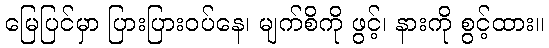
မြေပြင်မှာ ပြားပြားဝပ်နေ၊ မျက်စိကို ဖွင့်၊ နားကို စွင့်ထား။